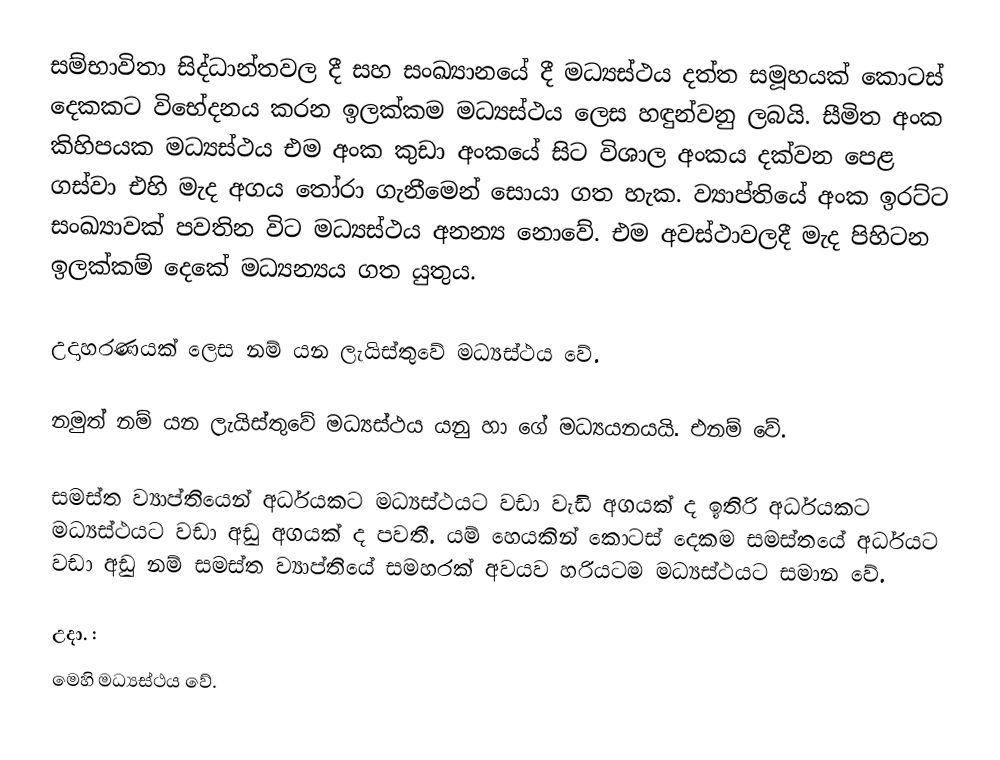
සම්භාවිතා සිද්ධාන්තවල දී සහ සංඛ්‍යානයේ දී මධ්‍යස්ථය දත්ත සමූහයක් කොටස් දෙකකට විභේදනය කරන ඉලක්කම මධ්‍යස්ථය ලෙස හඳුන්වනු ලබයි. සීමිත අංක කිහිපයක මධ්‍යස්ථය එම අංක කුඩා අංකයේ සිට විශාල අංකය දක්වන පෙළ ගස්වා එහි මැද අගය තෝරා ගැනීමෙන් සොයා ගත හැක. ව්‍යාප්තියේ අංක ඉරට්ට සංඛ්‍යාවක් පවතින විට මධ්‍යස්ථය අනන්‍ය නොවේ. එම අවස්ථාවලදී මැද පිහිටන ඉලක්කම් දෙකේ මධ්‍යන්‍යය ගත යුතුය.

උදාහරණයක් ලෙස  නම්  යන ලැයිස්තුවේ මධ්‍යස්ථය  වේ.

නමුත්  නම්  යන ලැයිස්තුවේ මධ්‍යස්ථය යනු  හා  ගේ මධ්‍යයනයයි. එනම්  වේ.

සමස්ත ව්‍යාප්තියෙන් අර්ධයකට මධ්‍යස්ථයට වඩා වැඩි අගයක් ද ඉතිරි අර්ධයකට මධ්‍යස්ථයට වඩා අඩු අගයක් ද පවතී. යම් හෙයකින් කොටස් දෙකම සමස්තයේ අර්ධයට වඩා අඩු නම් සමස්ත ව්‍යාප්තියේ සමහරක් අවයව හරියටම මධ්‍යස්ථයට සමාන වේ.

උදා. :
මෙහි මධ්‍යස්ථය  වේ.